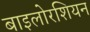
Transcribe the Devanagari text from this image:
बाइलोरशियन